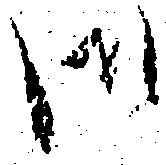
御